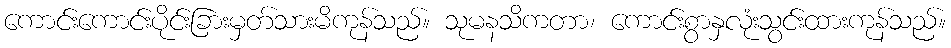
ကောင်းကောင်းပိုင်းခြားမှတ်သားမိကုန်သည်။ သုမနသိကတာ၊ ကောင်းစွာနှလုံးသွင်းထားကုန်သည်။